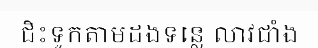
ជិះទូកតាមដងទន្លេ លាវជាំង